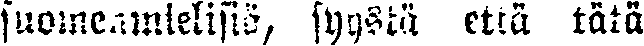
suomenmieleisiä, syystä etä tätä